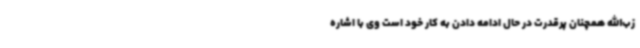
زب‌الله همچنان پرقدرت در حال ادامه دادن به کار خود است وی با اشاره